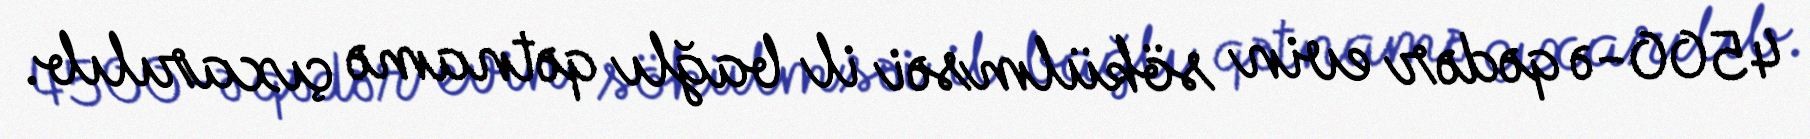
4500-ə qədər evin sökülmsəi il bağlı qətnamə çıxarılıb.